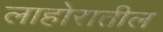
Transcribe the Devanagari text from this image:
लाहोरातील